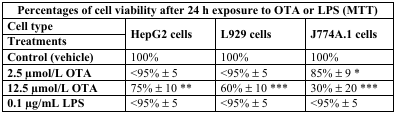
<table><thead><tr><td colspan="4"><b>Percentages of cell viability after 24 h exposure to OTA or LPS (MTT)</b></td></tr><tr><td><b>Cell type</b></td><td rowspan="2"><b>HepG2 cells</b></td><td rowspan="2"><b>L929 cells</b></td><td rowspan="2"><b>J774A.1 cells</b></td></tr><tr><td><b>Treatments</b></td></tr></thead><tbody><tr><td><b>Control (vehicle)</b></td><td>100%</td><td>100%</td><td>100%</td></tr><tr><td><b>2.5 μmol/L OTA</b></td><td>&lt;95% ± 5</td><td>&lt;95% ± 5</td><td>85% ± 9 *</td></tr><tr><td><b>12.5 μmol/L OTA</b></td><td>75% ± 10 **</td><td>60% ± 10 ***</td><td>30% ± 20 ***</td></tr><tr><td><b>0.1 μg/mL LPS</b></td><td>&lt;95% ± 5</td><td>&lt;95% ± 5</td><td>&lt;95% ± 5</td></tr></tbody></table>